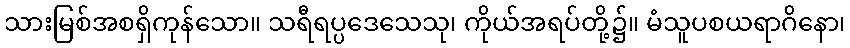
သားမြစ်အစရှိကုန်သော။ သရီရပ္ပဒေသေသု၊ ကိုယ်အရပ်တို့၌။ မံသူပစယရာဂိနော၊